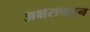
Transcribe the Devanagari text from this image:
अक्षराकडून